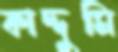
কাদ্দুমি